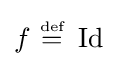
f~{\stackrel {\scriptscriptstyle {\text{def}}}{=}}~\operatorname {Id}